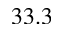
3 3 . 3